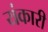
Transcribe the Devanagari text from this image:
यंकारी